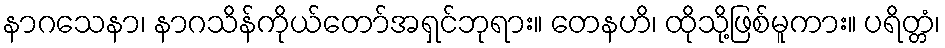
နာဂသေနာ၊ နာဂသိန်ကိုယ်တော်အရှင်ဘုရား။ တေနဟိ၊ ထိုသို့ဖြစ်မူကား။ ပရိတ္တံ၊